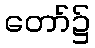
တော်၌